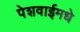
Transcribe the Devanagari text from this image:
पेशवाईमधे